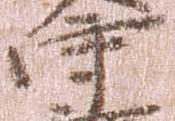
守